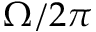
\Omega / 2 \pi